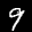
Label: 9